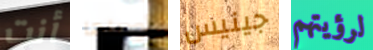
أنت أوصلها جينيس لرؤيتهم